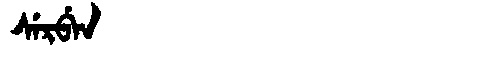
Manchu: ᠰᡝᡵᠪᡝᠨ
Romanization: SERBEN